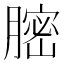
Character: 𦟽